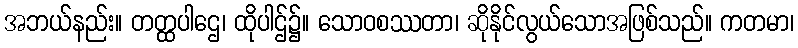
အဘယ်နည်း။ တတ္ထပါဌေ၊ ထိုပါဌ်၌။ သောဝစဿတာ၊ ဆိုနိုင်လွယ်သောအဖြစ်သည်။ ကတမာ၊